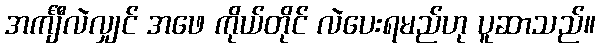
အင်္ကျီလဲလျှင် အဖေ ကိုယ်တိုင် လဲပေးရမည်ဟု ပူဆာသည်။